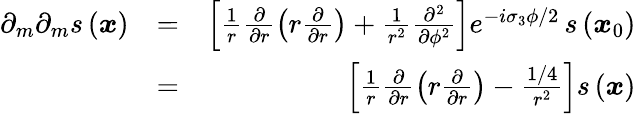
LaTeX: \begin{array}{rlr}{\partial_{m}\partial_{m}s\left(\boldsymbol{x}\right)}&{=}&{\left[\frac{1}{r}\frac{\partial}{\partial r}\left(r\frac{\partial}{\partial r}\right)+\frac{1}{r^{2}}\frac{\partial^{2}}{\partial\phi^{2}}\right]e^{-i\sigma_{3}\phi/2}\, s\left(\boldsymbol{x}_{0}\right)}\\ &{=}&{\left[\frac{1}{r}\frac{\partial}{\partial r}\left(r\frac{\partial}{\partial r}\right)-\frac{1/4}{r^{2}}\right]s\left(\boldsymbol{x}\right)}\end{array}